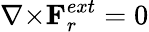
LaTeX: {\nabla}{\times}{{\mathbf{F}}_{r}^{ext}}=0